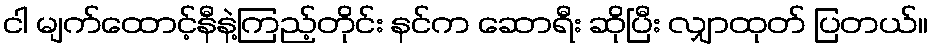
ငါ မျက်ထောင့်နီနဲ့ကြည့်တိုင်း နင်က ဆောရီး ဆိုပြီး လျှာထုတ် ပြတယ်။